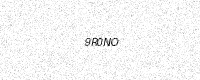
Text: 9R0NO